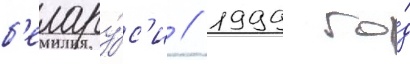
б'елару́с'и // 1999 го́д